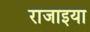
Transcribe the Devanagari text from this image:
राजाइया